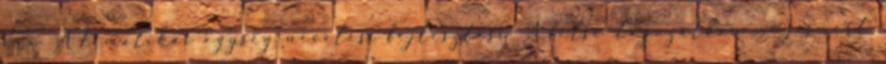
óra A tematikai egység nevelési-fejlesztési A felső tagozatban megismert